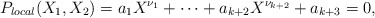
\begin{align*}P_{local}(X_1,X_2)=a_1 X^{\nu_1}+\cdots+a_{k+2}X^{\nu_{k+2}}+a_{k+3}=0,\end{align*}